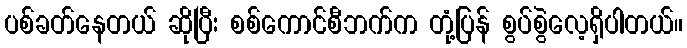
ပစ်ခတ်နေတယ် ဆိုပြီး စစ်ကောင်စီဘက်က တုံ့ပြန် စွပ်စွဲလေ့ရှိပါတယ်။